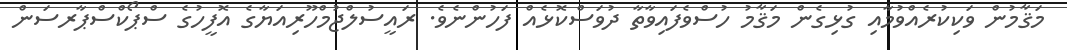
މަޤާމުން ވަކިކުރެއްވުމާއި ގުޅިގެން މަޤާމު ހުސްވެފައިވާތާ ދުވަސްކޮޅެއް ފަހުންނެވެ. ރައީސުލްޖުމްހޫރިއަޔާގެ އޮފީހުގެ ސްޕޯކްސްޕާރސަން